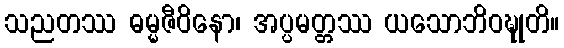
သညတဿ ဓမ္မဇီဝိနော၊ အပ္ပမတ္တဿ ယသောဘိဝဍ္ဎုတိ။